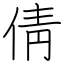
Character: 倩